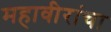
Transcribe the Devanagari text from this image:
महावीरांचा